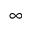
\infty